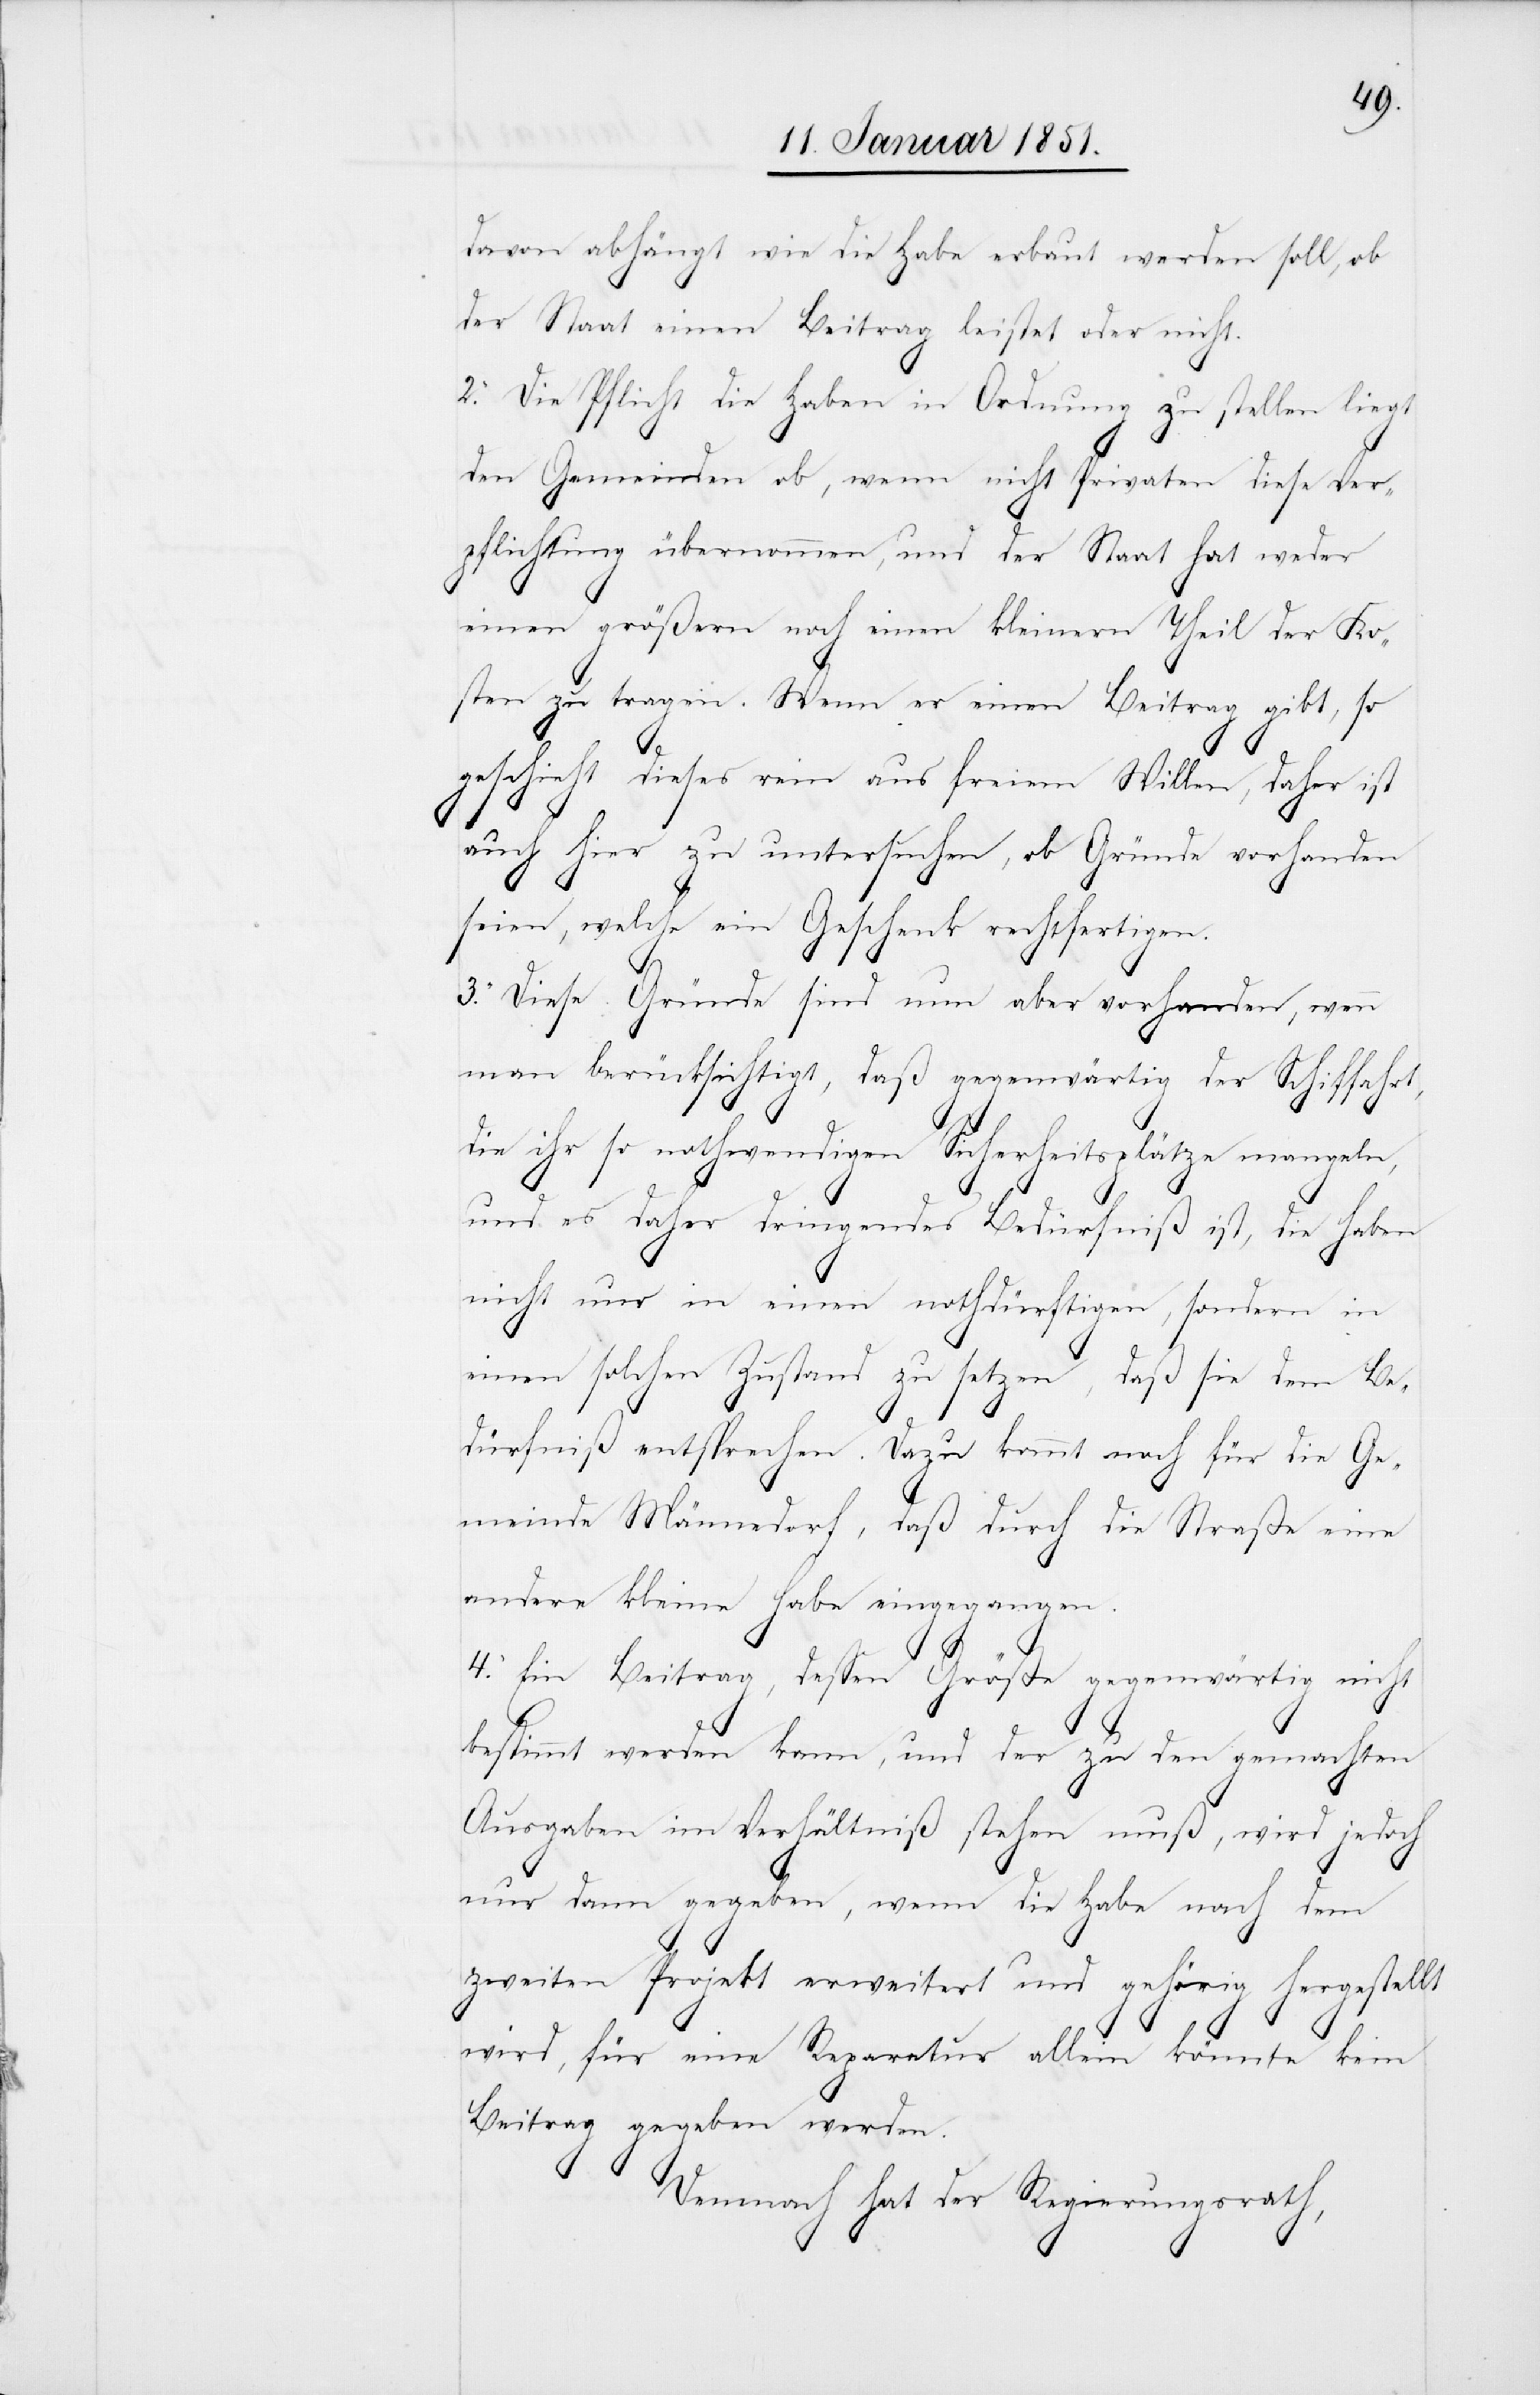
davon abhängt wie die Habe erbaut werden soll, ob
der Staat einen Beitrag leistet oder nicht.
2. Die Pflicht die Haben in Ordnung zu stellen liegt
den Gemeinden ob, wenn nicht Privaten diese Ver¬
pflichtung übernommen, und der Staat hat weder
einen größern noch einen kleinern Theil der Ko¬
sten zu tragen. Wenn er einen Beitrag gibt, so
geschieht dieses rein aus freiem Willen, daher ist
auch hier zu untersuchen, ob Gründe vorhanden
seien, welche ein Geschenk rechtfertigen.
3. Diese Gründe sind nun aber vorhanden, wenn
man berücksichtigt, daß gegenwärtig der Schiffahrt,
die ihr so nothwendigen Sicherheitsplätze mangeln,
und es daher dringendes Bedürfniß ist, die Haben
nicht nur in einen nothdürftigen, sondern in
einen solchen Zustand zu setzen, daß sie dem Be¬
dürfniß entsprechen. Dazu kommt noch für die Ge¬
meinde Männedorf, daß durch die Straße eine
andere kleine Habe eingegangen.
4. Ein Beitrag, dessen Größe gegenwärtig nicht
bestimmt werden kann, und der zu den gemachten
Ausgaben im Verhältniß stehen muß, wird jedoch
nur dann gegeben, wenn die Habe nach dem
zweiten Projekt erweitert und gehörig hergestellt
wird, für eine Reparatur allein könnte kein
Beitrag gegeben werden.
Demnach hat der Regierungsrath,